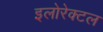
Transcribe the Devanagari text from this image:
इलोरेक्टल